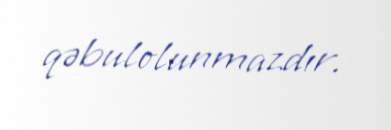
qəbulolunmazdır.